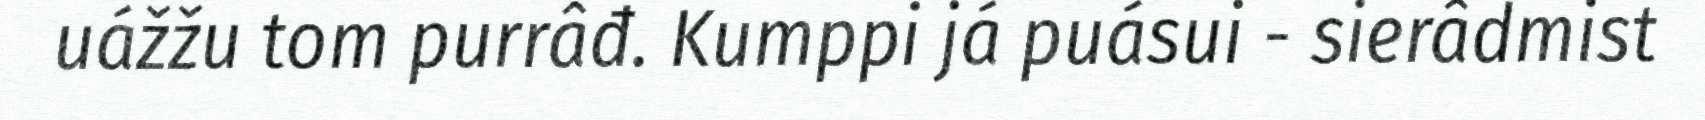
uážžu tom purrâđ. Kumppi já puásui - sierâdmist